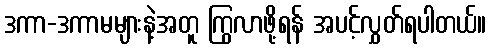
ဒကာ-ဒကာမများနဲ့အတူ ကြွလာဖို့ရန် အပင့်လွှတ်ရပါတယ်။